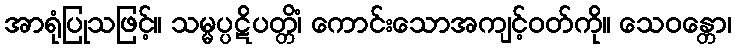
အာရုံပြုသဖြင့်။ သမ္မပ္ပဋိပတ္တိံ၊ ကောင်းသောအကျင့်ဝတ်ကို။ သေဝန္တော၊